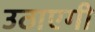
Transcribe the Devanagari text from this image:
उठाएगी